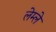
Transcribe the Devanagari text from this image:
लेम्ले